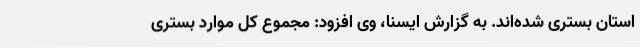
استان بستری شده‌اند. به گزارش ایسنا، وی افزود: مجموع کل موارد بستری